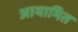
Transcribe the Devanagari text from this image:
आयामित